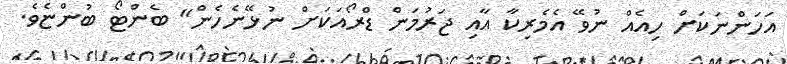
އަހަންނަކަށް ހިއެއް ނުވޭ އެމެރިކާ އާއި ޖަރުމަން ޑްރޯއަކަށް ނުޅޭނެހެން" ބެންޓޯ ބުންޏެވެ.